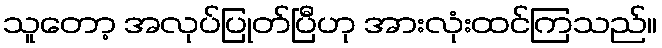
သူတော့ အလုပ်ပြုတ်ပြီဟု အားလုံးထင်ကြသည်။